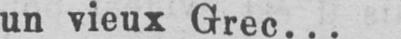
un vieux Grec...